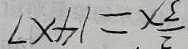
\frac { 2 } { 3 } x = 1 4 \times 7